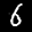
Label: 6